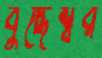
বুদ্ধেশ্বর